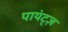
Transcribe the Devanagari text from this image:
पायंट्ज़